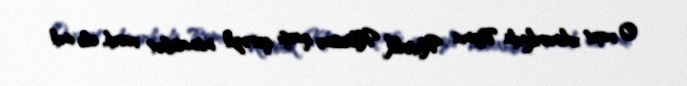
O vaxt Amerikada Roma Katolik Kilsəsinə qarşı qərəzli münasibət vardı, elə indi